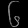
Digit: ၆